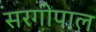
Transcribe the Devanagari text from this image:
सरगीपाल